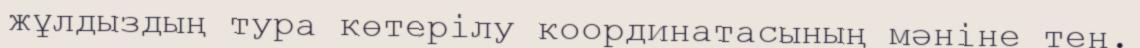
жұлдыздың тура көтерілу координатасының мәніне тең.